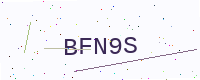
Text: BFN9S